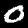
Digit: 0